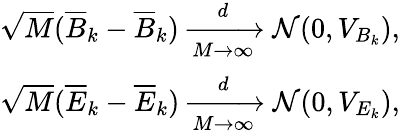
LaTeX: \begin{array}{r}{\sqrt{M}(\overline{{B}}_{k}-\overline{{B}}_{k})\xrightarrow[M\rightarrow\infty]{d}\mathcal{N}(0,V_{B_{k}}),}\\ {\sqrt{M}(\overline{{E}}_{k}-\overline{{E}}_{k})\xrightarrow[M\rightarrow\infty]{d}\mathcal{N}(0,V_{E_{k}}),}\end{array}